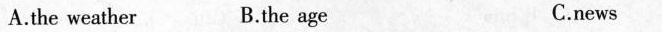
A.the weather B.the age C.news